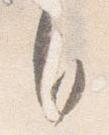
自